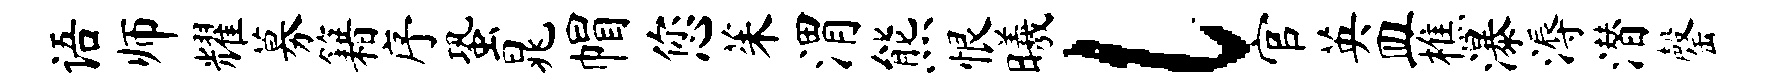
语师耀募籍序蛩晁帽您茱渭熊恨曦l官英皿樵瀑溽潜罄